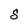
Character: S